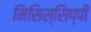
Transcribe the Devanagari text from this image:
मिसिस्सिप्पी